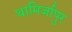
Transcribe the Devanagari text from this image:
थामिर्जापुर